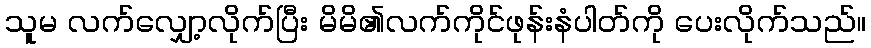
သူမ လက်လျှော့လိုက်ပြီး မိမိ၏လက်ကိုင်ဖုန်းနံပါတ်ကို ပေးလိုက်သည်။